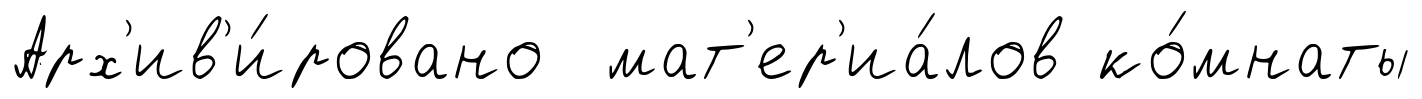
Арх'ив'и́ровано мат'ер'иа́лов ко́мнаты